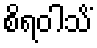
စိရဝါသိံ